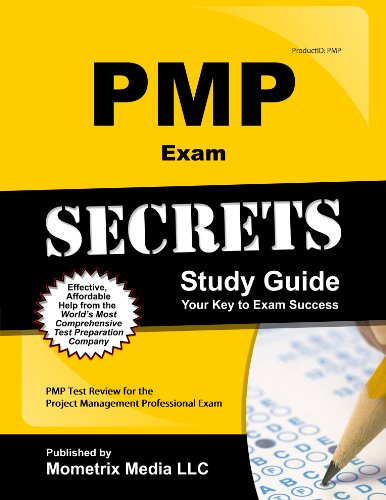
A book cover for PMP Exam Secrets Study Guide: PMP Test Review for the Project Management Professional Exam; PMP Exam Secrets Test Prep Team; Test Preparation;